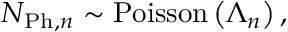
N _ { \mathrm { P h } , n } \sim \mathrm { P o i s s o n } \left( \Lambda _ { n } \right) ,